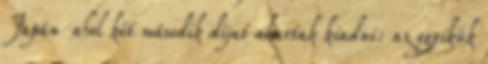
Japán ahol két második díjat akartak kiadni: az egyikük